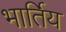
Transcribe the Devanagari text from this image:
भार्तिय